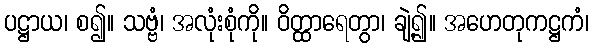
ပဋ္ဌာယ၊ စ၍။ သဗ္ဗံ၊ အလုံးစုံကို။ ဝိတ္ထာရေတွာ၊ ချဲ့၍။ အဟေတုကဋ္ဌကံ၊